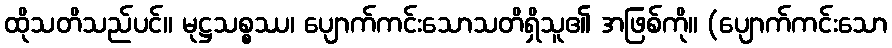
ထိုသတိသည်ပင်။ မုဋ္ဌသစ္စဿ၊ ပျောက်ကင်းသောသတိရှိသူ၏ အဖြစ်ကို။ (ပျောက်ကင်းသော